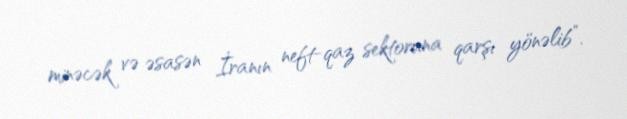
minəcək və əsasən İranın neft-qaz sektoruna qarşı yönəlib”.